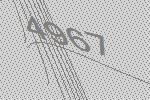
4967